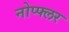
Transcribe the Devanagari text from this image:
नोप्फ्लर